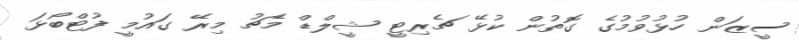
ސީޒަން ހުޅުވުމުގެ ގޮތުން ކުޅޭ ޗެރިޓީ ޝީލްޑް މެޗު މިރޭ ގައުމީ ފުޓްބޯޅަ